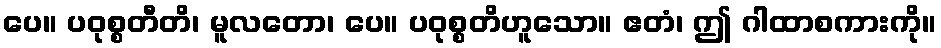
ပေ။ ပဝုစ္စတီတိ၊ မူလတော၊ ပေ။ ပဝုစ္စတိဟူသော။ ဧတံ၊ ဤ ဂါထာစကားကို။